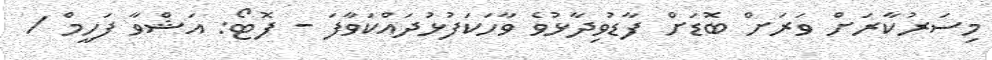
މިސަރުކާރަށް ވަރަށް ބޮޑަށް ފާޑުވިދާޅުވެ ވާހަކަފުޅުދައްކަވާފަ - ފޮޓޯ: އަޝްވާ ފަހީމް /